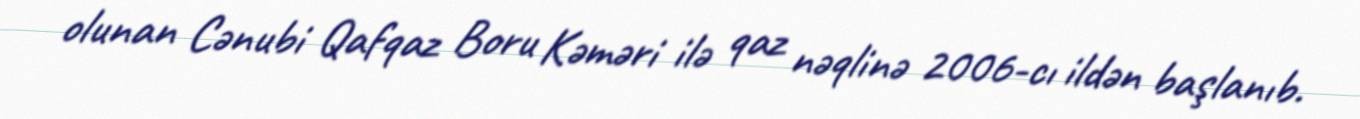
olunan Cənubi Qafqaz Boru Kəməri ilə qaz nəqlinə 2006-cı ildən başlanıb.